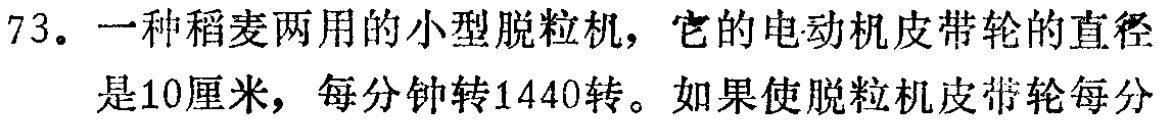
73。一种稻麦两用的小型脱粒机，它的电动机皮带轮的直径是10厘米，每分钟转1440转。如果使脱粒机皮带轮每分